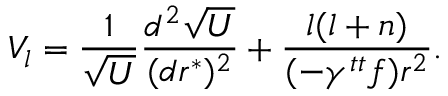
V _ { l } = { \frac { 1 } { \sqrt { U } } } { \frac { d ^ { 2 } \sqrt { U } } { ( d r ^ { * } ) ^ { 2 } } } + { \frac { l ( l + n ) } { ( - \gamma ^ { t t } f ) r ^ { 2 } } } .